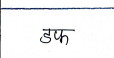
मजकूर: डफ